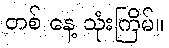
တစ် နေ့ သုံးကြိမ်။